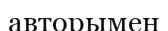
авторымен